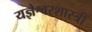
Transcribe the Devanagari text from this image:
यज्ञेश्वरशास्त्री